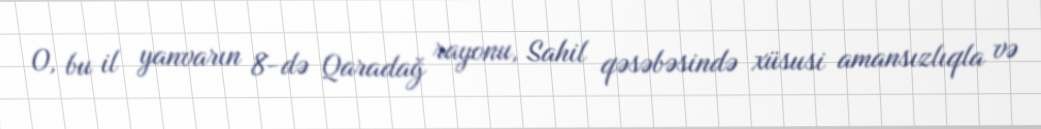
O, bu il yanvarın 8-də Qaradağ rayonu, Sahil qəsəbəsində xüsusi amansızlıqla və